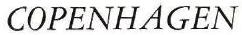
COPENHAGEN